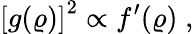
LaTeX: \left[g(\varrho)\right]^{2}\propto f^{\prime}(\varrho)\; ,